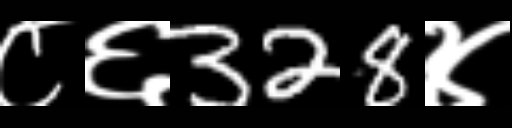
Text: ८६328४